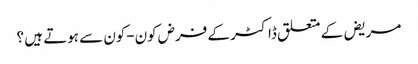
مریض کے متعلق ڈاکٹر کے فرض کون-کون سے ہوتے ہیں ؟